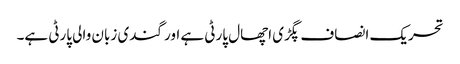
تحریک انصاف پگڑی اچھال پارٹی ہے اور گندی زبان والی پارٹی ہے۔